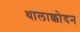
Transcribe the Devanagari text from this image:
थालाक्कोदन